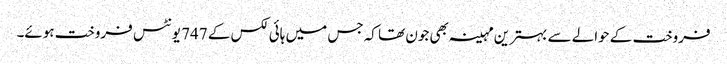
فروخت کے حوالے سے بہترین مہینہ بھی جون تھا کہ جس میں ہائی لکس کے 747 یونٹس فروخت ہوئے۔